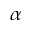
\alpha